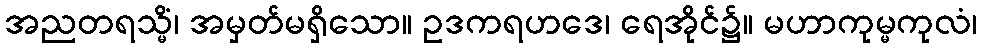
အညတရသ္မိံ၊ အမှတ်မရှိသော။ ဥဒကရဟဒေ၊ ရေအိုင်၌။ မဟာကုမ္မကုလံ၊